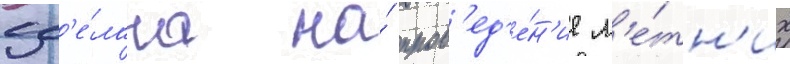
сд'е́лана на́ пров'ед'е́н'ие л'е́тн'их